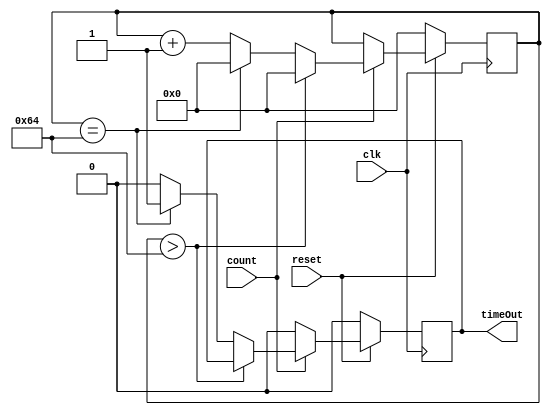
module CountTo100(clk, reset, count, timeOut);
input clk, reset;
input count;
output timeOut;
reg timeOut;
reg [0:6] counter;
always @ (posedge clk)
begin

	if (reset == 0)
	begin
		timeOut <= 0;
		counter <= 0;
	end
	
	else
	begin
		if(count == 0)
			begin
				counter <= counter;
				timeOut <= 0;
			end
		else 
			begin
				if(counter >100)
					begin
						counter<=0;
					end
				else if(counter == 100)
					begin
						counter <= 0;
						timeOut <= 1;
					end
				else
					begin 
						timeOut <= 0;
						counter <= counter + 1;
					end 
			end
	 end
end
endmodule